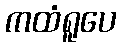
ကထံရူပေ